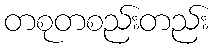
တစုတစည်းတည်း